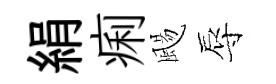
絹痢颺辱